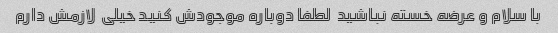
با سلام و عرضه خسته نباشید  لطفا دوباره موجودش کنید خیلی  لازمش دارم